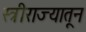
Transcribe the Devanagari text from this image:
स्त्रीराज्यातून